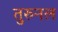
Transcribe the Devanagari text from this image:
तुरुनल